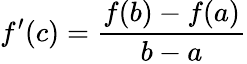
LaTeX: f^{\prime}(c)={\frac{f(b)-f(a)}{b-a}}